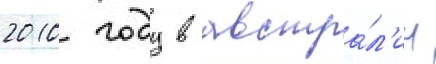
2010 году в австра́л'ии